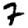
Digit: 7